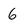
Character: 6